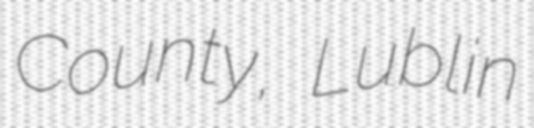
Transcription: County, Lublin